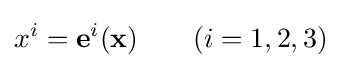
x^{i}=\mathbf {e} ^{i}(\mathbf {x} )\qquad (i=1,2,3)